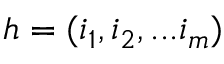
h = ( i _ { 1 } , i _ { 2 } , . . . i _ { m } )